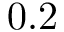
0 . 2